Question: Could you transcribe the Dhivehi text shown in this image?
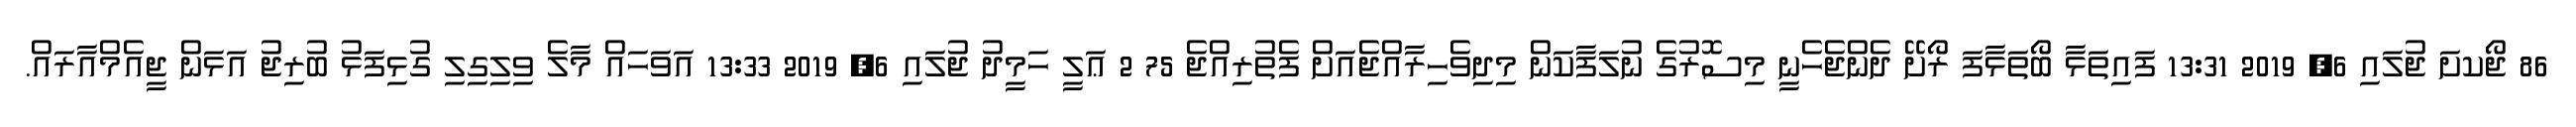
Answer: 86 ޖޯކށަ ޖުލައި 6, 2019 13:31 ފައިތަޅާ ބޯތަޅާފަ ރޯށޭ ދެންޖެހެނީ މިސޮރުގެ ނުލަފާކަން މިދިވެހިރާއްޖެއަށް ފެތުރިއްޖެ 75 2 ޢަލީ ހަމީދު ޖުލައި 6, 2019 13:33 އަވަހައް މާލެ ވިލިގިލި ގުޅިފަޅު ބުރިޖު އަޅަން ޖީއެމްއާރައް.